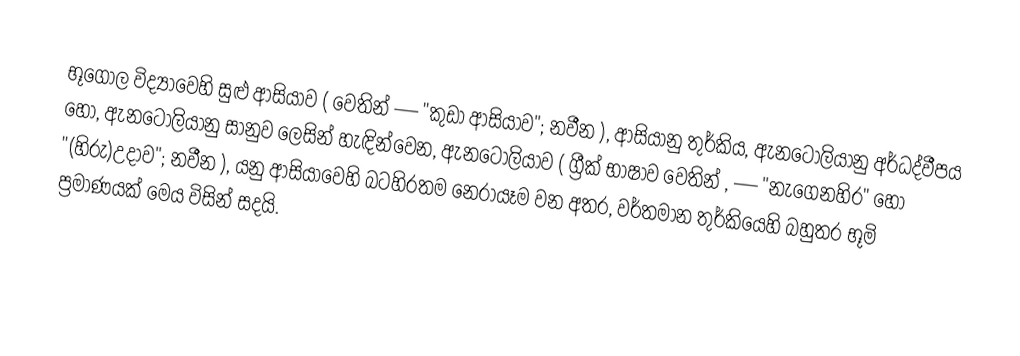
භූගෝල විද්‍යාවෙහි සුළු ආසියාව ( වෙතින්  — "කුඩා ආසියාව"; නවීන ), ආසියානු තුර්කිය, ඇනටෝලියානු අර්ධද්වීපය හෝ, ඇනටෝලියානු සානුව ලෙසින් හැඳින්වෙන, ඇනටෝලියාව ( ග්‍රීක් භාෂාව වෙතින් ,  — "නැගෙනහිර" හෝ  "(හිරු)උදාව"; නවීන ), යනු  ආසියාවෙහි බටහිරතම නෙරායෑම වන අතර, වර්තමාන තුර්කියෙහි බහුතර භූමි ප්‍රමාණයක් මෙය විසින් සදයි.